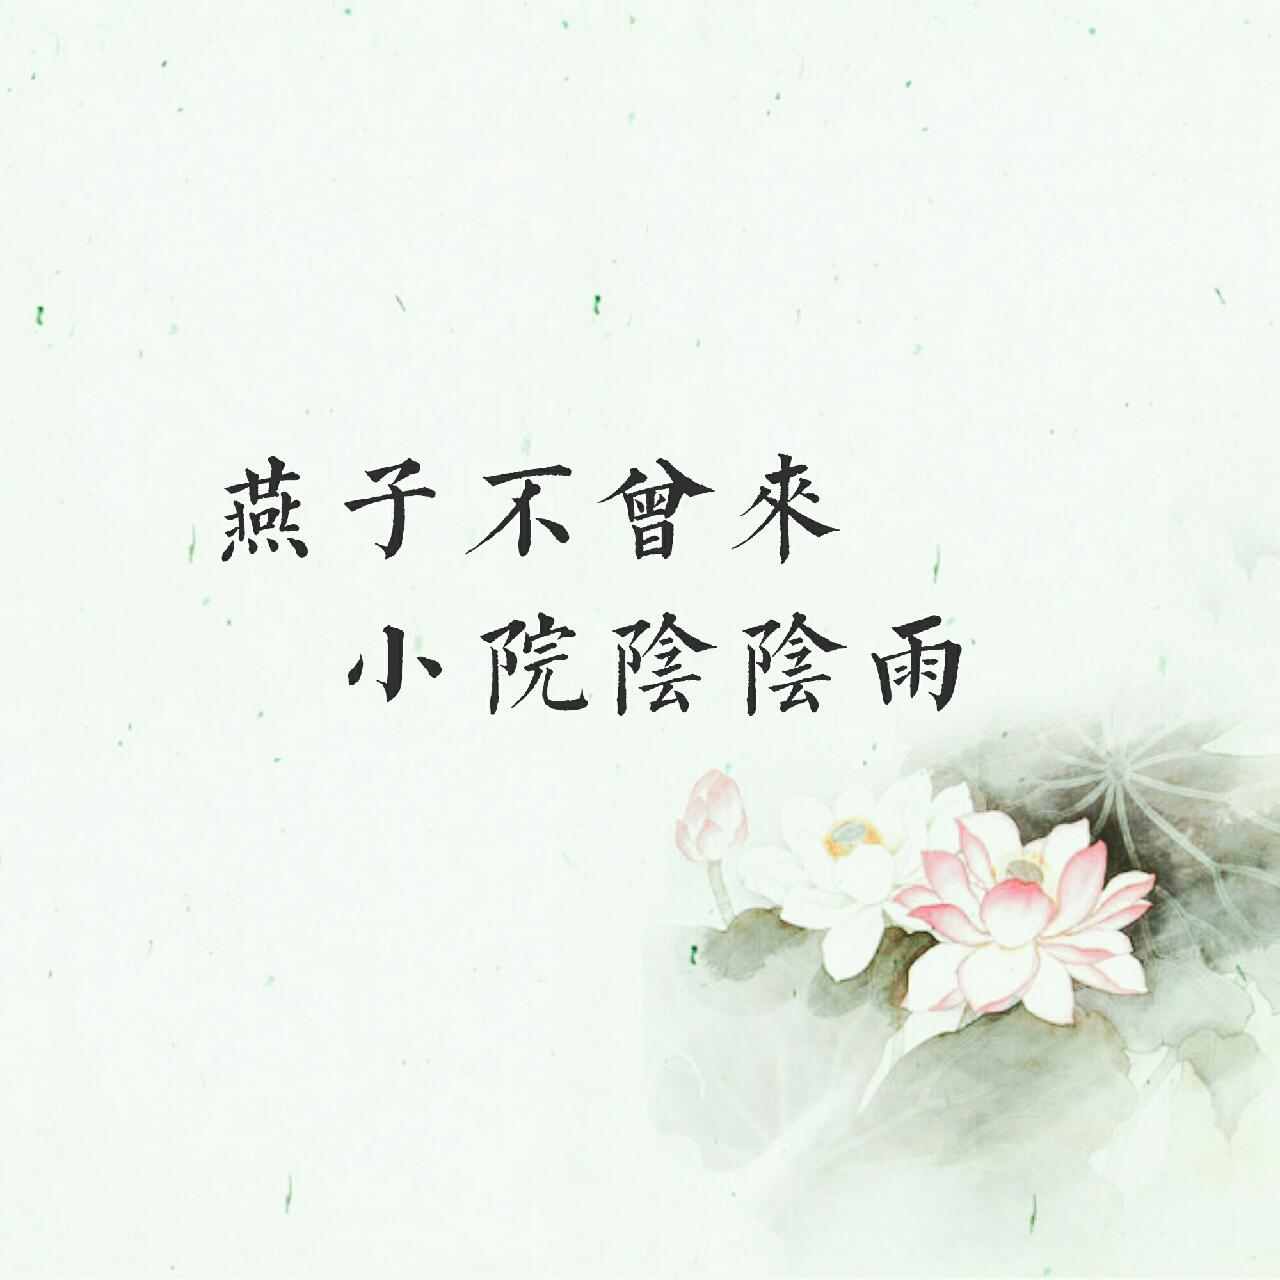
燕子不曾来，小院阴阴雨。